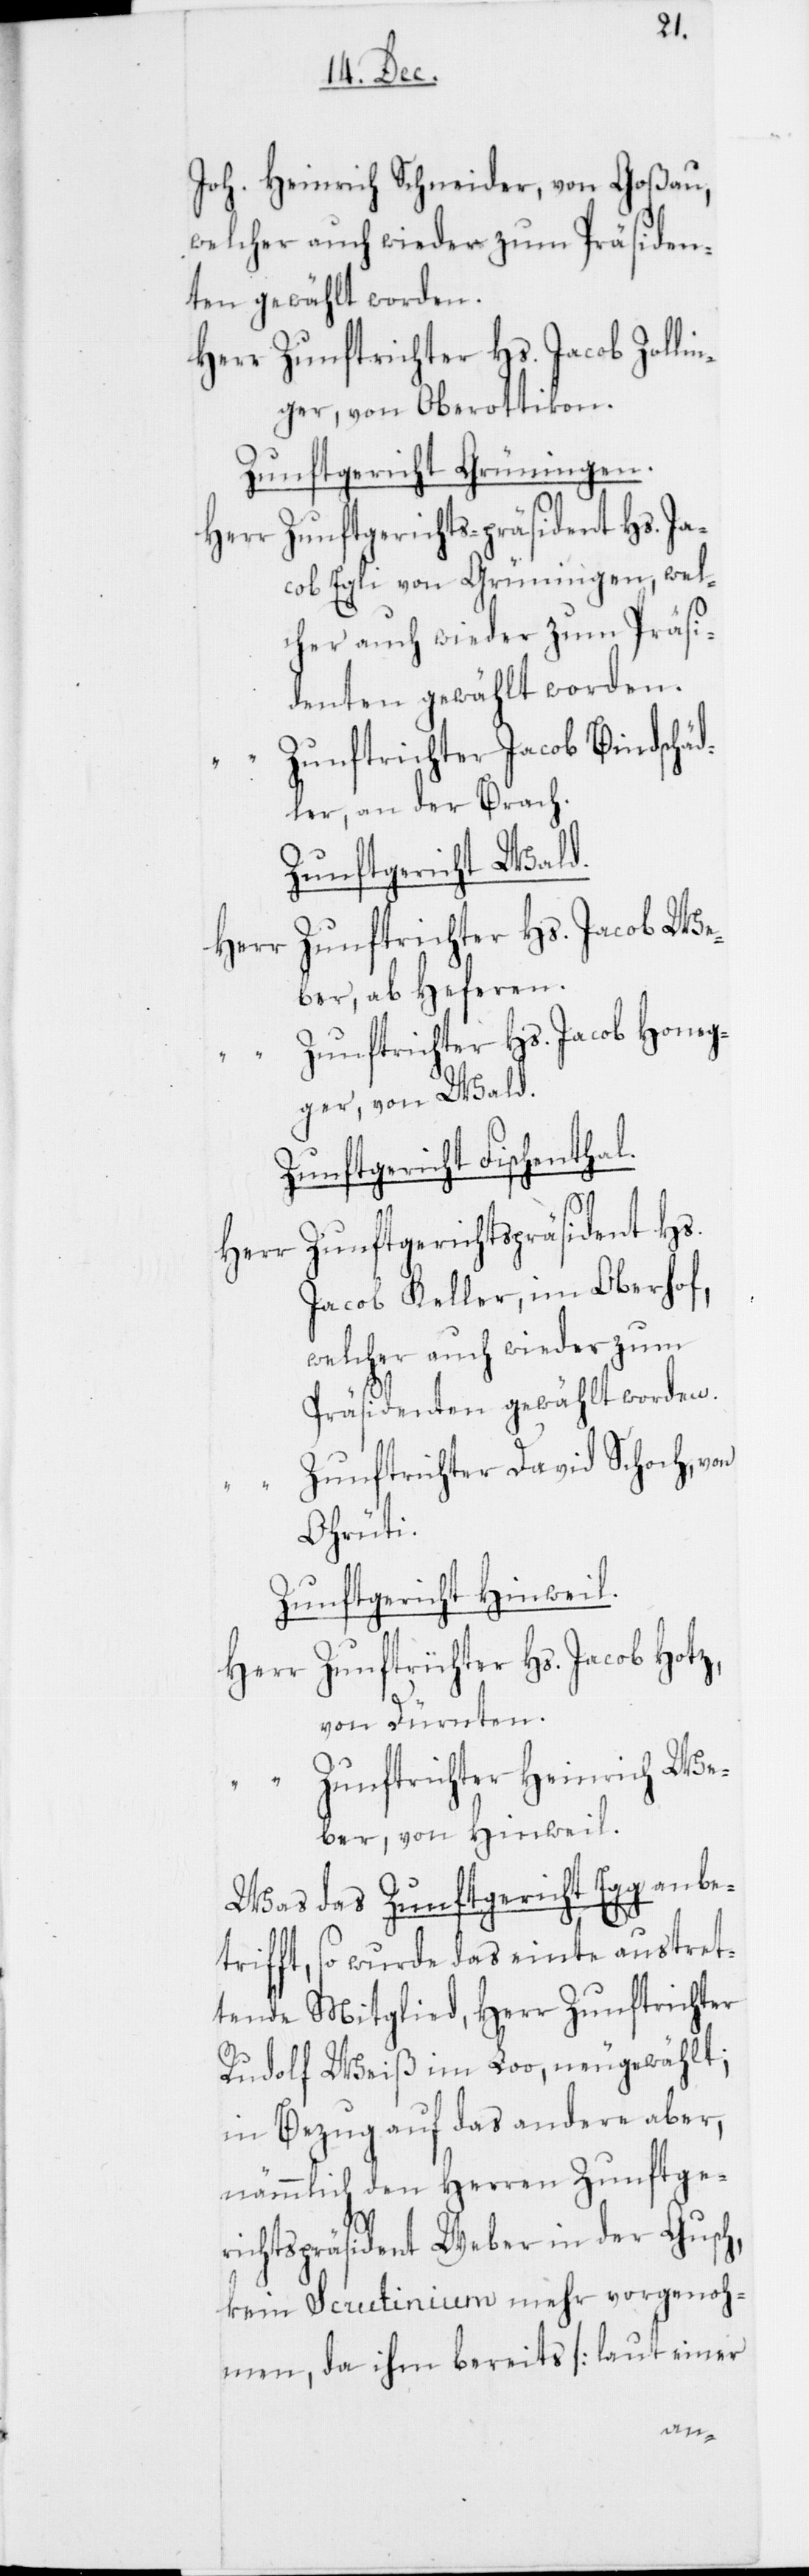
Joh. Heinrich Schneider von Goßau,
welcher auch wieder zum Präsiden¬
ten gewählt worden.
Herr Zunftrichter Hs. Jacob Zollin¬
ger, von Oberottikon.
Zunftgericht Grüningen.
f,
Herr Zunftgerichts-präsident Hs. Ja¬
cob Egli von Grüningen, wel¬
cher auch wieder zum Präsi¬
denten gewählt worden.
unftrichter Jacob Bindschäd¬
ler, an der Brach.
Zunftgericht Wald.
Zunftrichter Hs. Jacob We¬
Herr
ber, ab Heferen.
“	Zunftrichter Hs. Jacob Honeg¬
ger, von Wald.
Zunftgericht Fischentha¬
Herr Zunftgerichtspräsident Hs.
Jacob Keller, im Oberho¬
welcher auch wieder zum
Präsidenten gewählt worden.
unftrichter David Schoch, von
Orüti.
Zunftgericht Hinweil.
Herr Zunftrichter Hs. Jacob Hotz,
von Dürnten.
“	Zunftrichter Heinrich We¬
ber, von Hinweil.
Was das Zunftgericht Egg anbe¬
“	Z¬
trifft, so wurde das einte austret¬
tende Mitglied, Herr Zunftrichter
Rudolf Weiß im Loo, neugewählt;
in Bezug auf das andere aber,
auf den Herren Zunftge¬
richtspräsident Weber in der Gusch,
kein Scrutinium mehr vorgenoh¬
men, da ihm bereits [laut einer